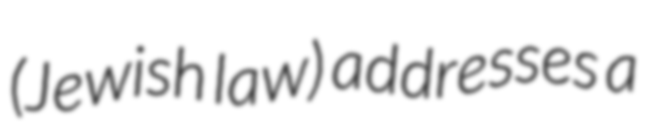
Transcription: (Jewish law) addresses a